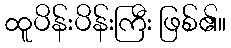
ထူပိန်းပိန်းကြီး ဖြစ်၏။